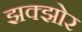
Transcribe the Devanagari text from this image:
झक्झोर